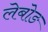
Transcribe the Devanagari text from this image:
लेबोङ